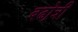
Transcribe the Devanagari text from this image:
बढो़त्री